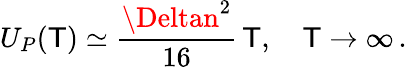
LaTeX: U_{P}(\mathsf{T})\simeq\frac{{\Deltan^{2}}}{{16}}\, \mathsf{T},\quad\mathsf{T}\to\infty\, {.}